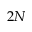
2 N